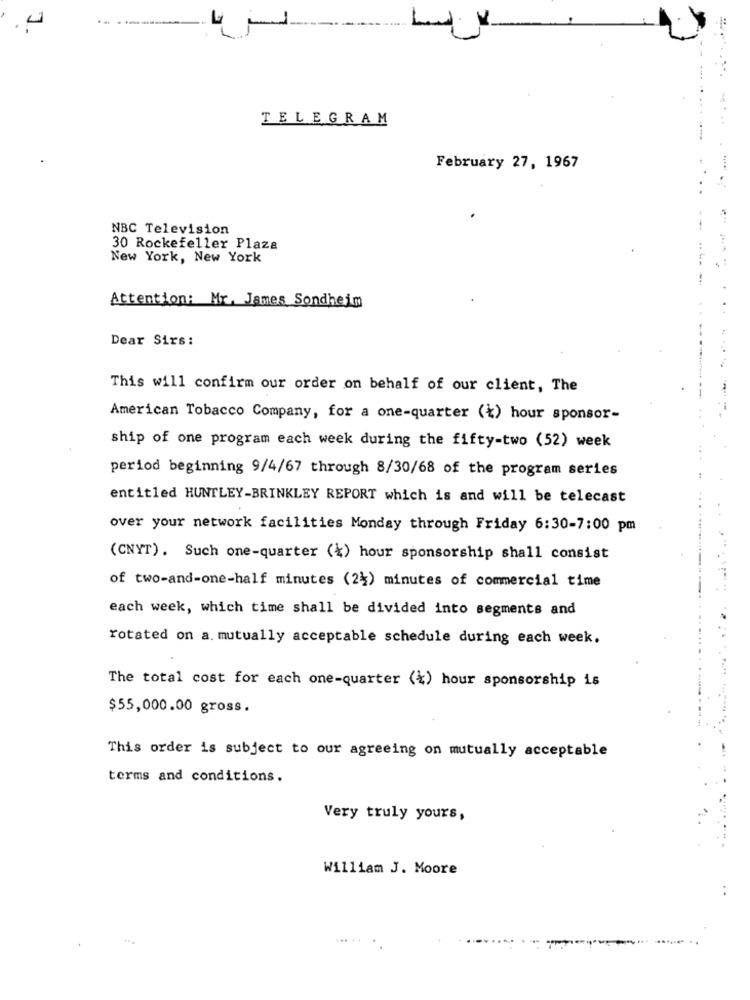
.4
TELEGRAM
February 27, 1967
NBC Television
---
30 Rockefeller Plaza
New York, New York
Attention: Mr. James Sondheim
Dear Sirs:
This will confirm our order on behalf of our client, The
---
American Tobacco Company, for a one-quarter (k) hour sponsor-
ship of one program each week during the fifty-two (52) week
period beginning 9/4/67 through 8/30/68 of the program series
entitled HUNTLEY-BRINKLEY REPORT which is and will be telecast
over your network facilities Monday through Friday 6:30-7:00 pm
(CNYT). Such one-quarter (k) hour sponsorship shall consist
of two-and-one-half minutes (24) minutes of commercial time
each week, which time shall be divided into segments and
rotated on a. mutually acceptable schedule during each week.
The total cost for each one-quarter (%) hour sponsorship is
$55,000.00 gross.
This order is subject to our agreeing on mutually acceptable
terms and conditions.
Very truly yours,
William J. Moore
-